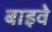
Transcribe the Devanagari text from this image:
बाइवे